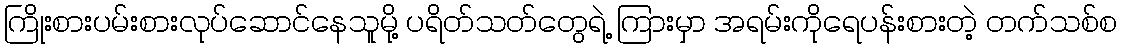
ကြိုးစားပမ်းစားလုပ်ဆောင်နေသူမို့ ပရိတ်သတ်တွေရဲ့ ကြားမှာ အရမ်းကိုရေပန်းစားတဲ့ တက်သစ်စ